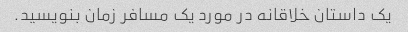
یک داستان خلاقانه در مورد یک مسافر زمان بنویسید.